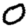
Digit: 0